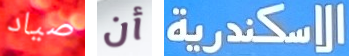
صياد أن الاسكندرية